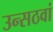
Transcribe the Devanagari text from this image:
उन्सठवां